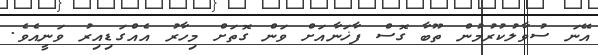
އޭނަ ސުވާލުކުރުމުން ތޫބާ ގޮސް ފާޚަނާއަށް ވަން ގޮތަށް މިހާރު އެއްގަޑިއިރު ވަނީއެވެ.